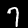
Digit: 7